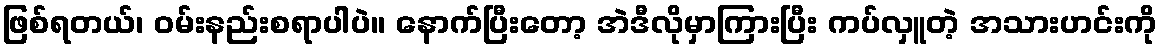
ဖြစ်ရတယ်၊ ဝမ်းနည်းစရာပါပဲ။ နောက်ပြီးတော့ အဲဒီလိုမှာကြားပြီး ကပ်လှူတဲ့ အသားဟင်းကို